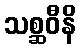
သစ္ဆဝီနိ